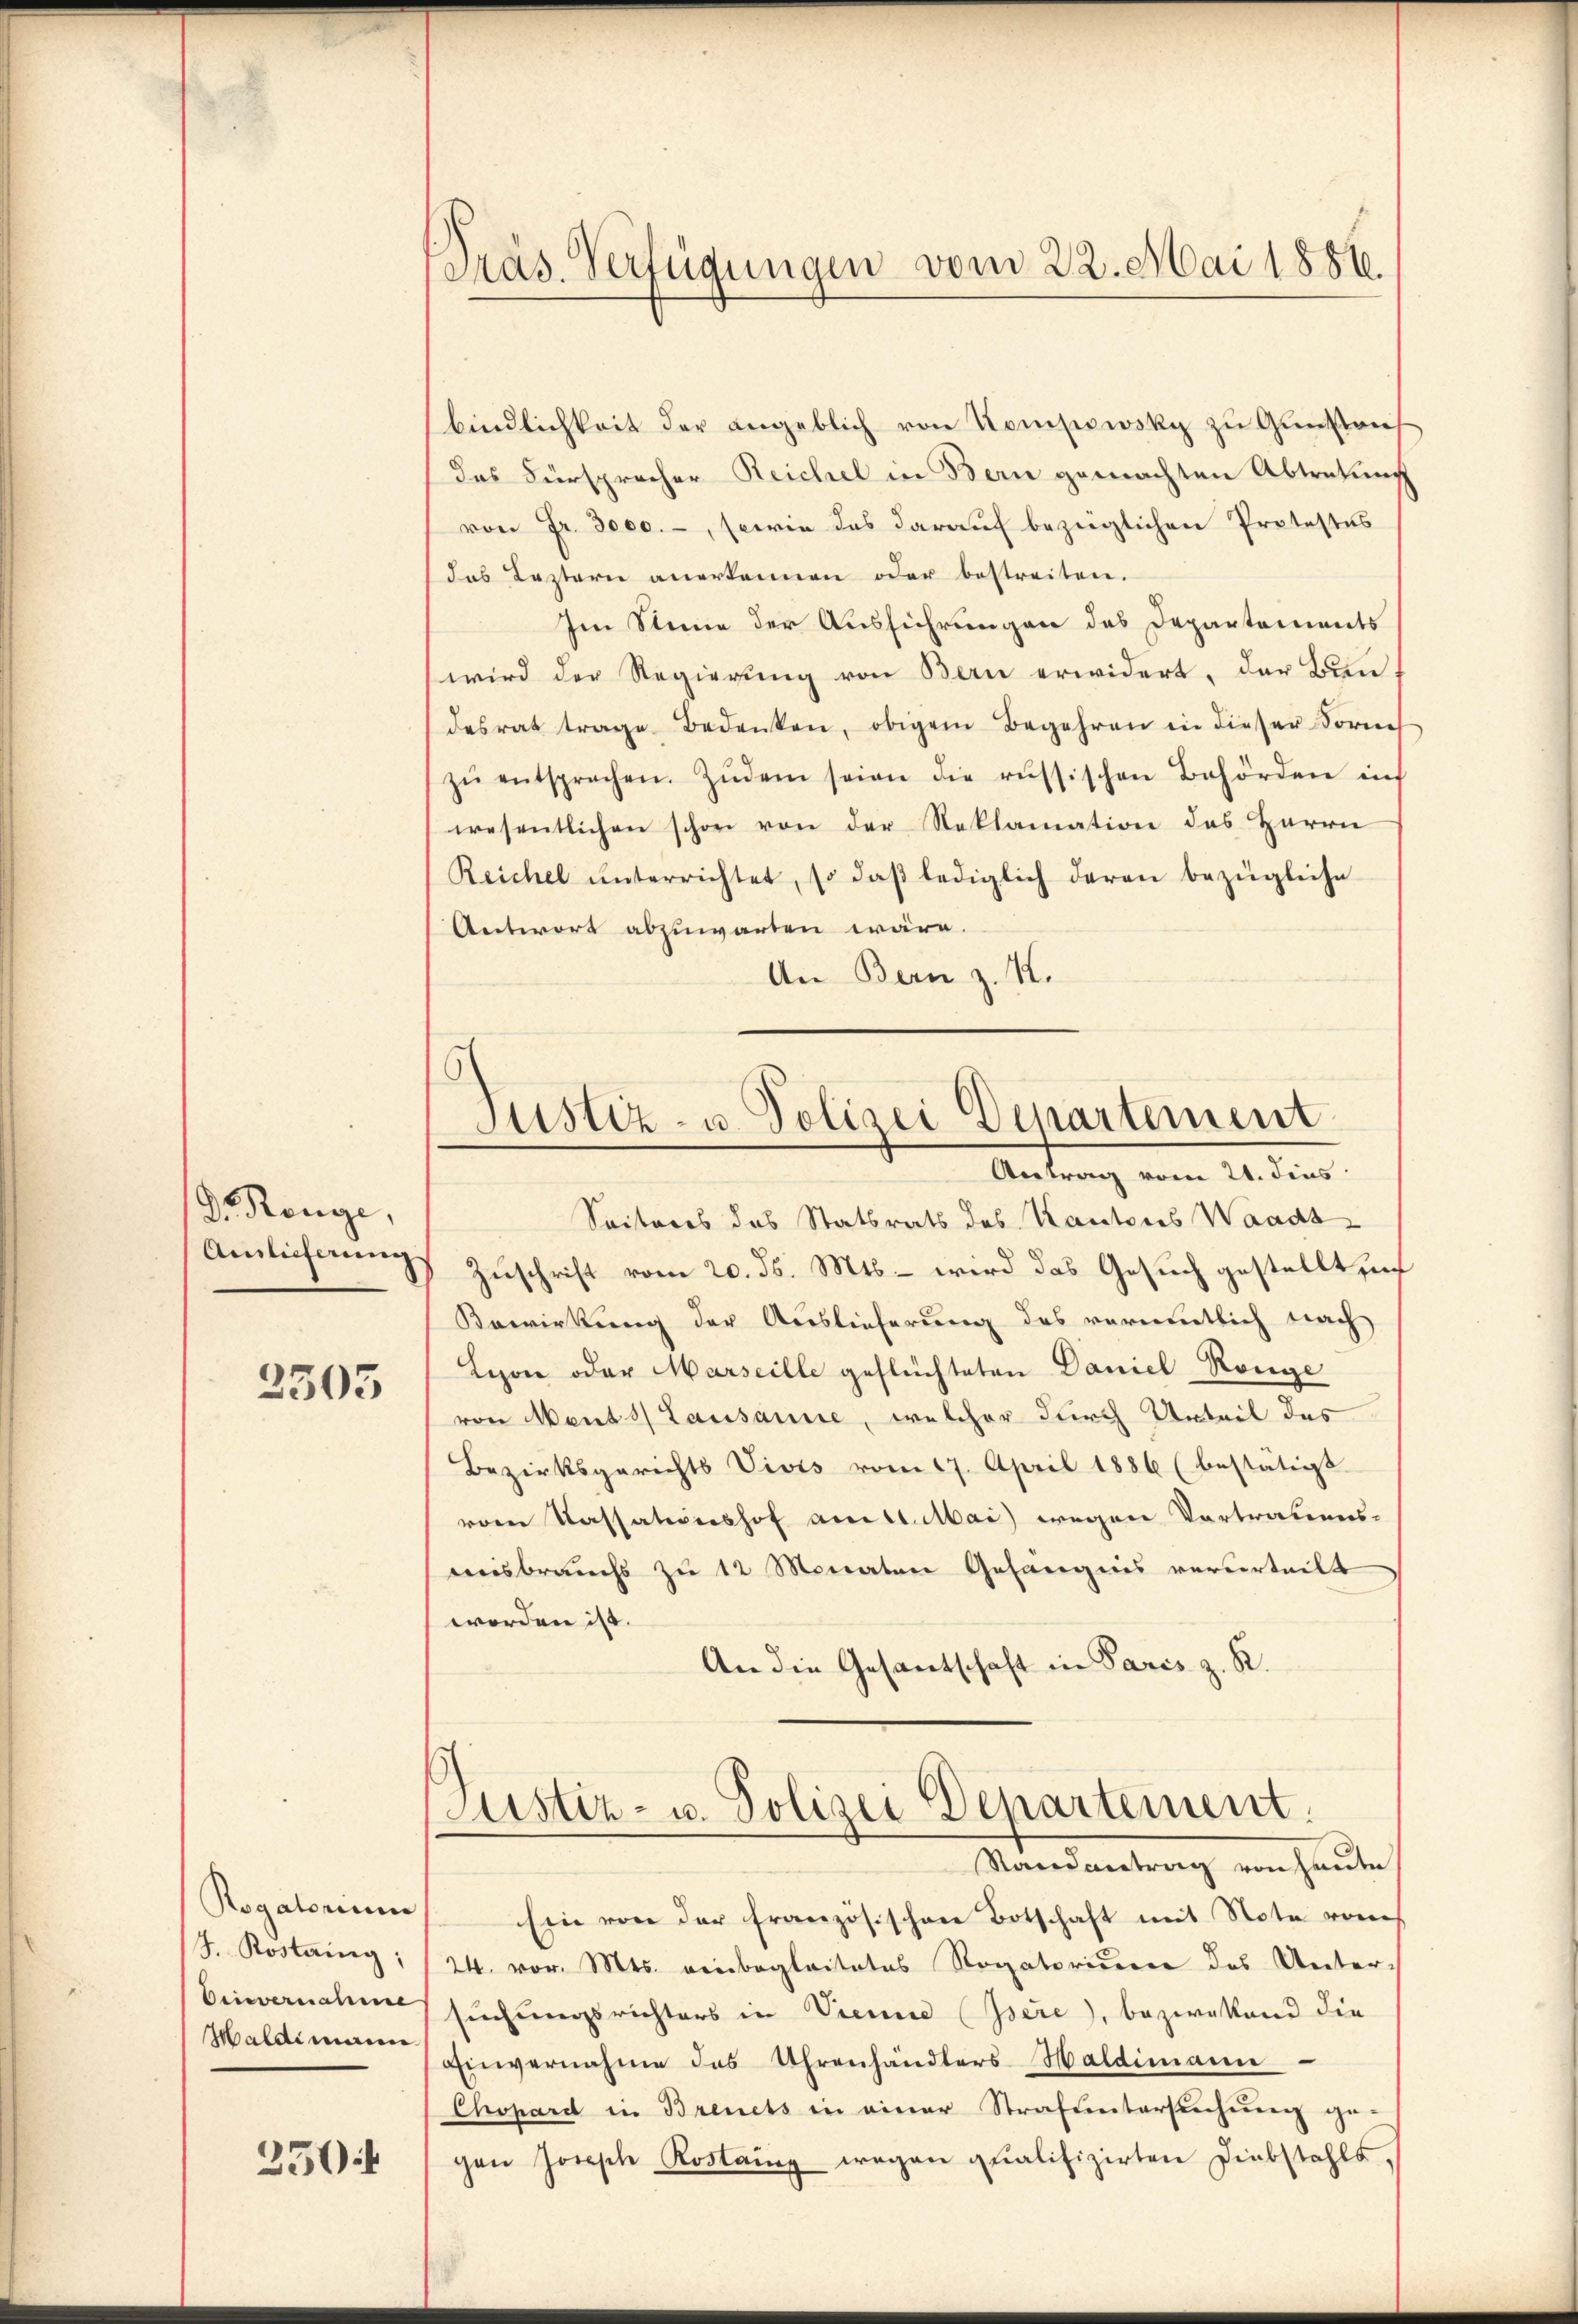
D. Renge,
Auslieferung

2503

Rogatorium
S. Rostaing;
Drievernahme
Haldimann

250:

bindlichkeit der angeblich von Kompowsky zŭ Gŭnstauf
das Fürsprocher Reichel in Bern gemachten Abtretung
von Fr. 3000.-, sowie das darauf bezüglichen Protestos
das Leztern anerkennen oder bestreiten.
Im Sine der Ausführungen des Departements
wird der Regierung von Bern erwidert, der Bun
desrat trage Bedenken, obigem Begehren in dieser Forme
zŭ entsprechen. Zŭdem seien die russischen Behörden inf
wesentlichen schon von der Reklamation des Herrn
Reichel ŭnterrichtet, so daβ lediglich deren bezügliche
Antwort abzuwarten wäre.
An Bern z. K.

Präs. Verfügungen vom 22. Mai 1886.

Justiz- u. Polizei Departement
Antrag vom 21. dies
Seiteres das Statsrats des Kantons Waadt

Zuschrift vom 20. ds. Mts. wird das Gesuch gestellt sin
Bewirkung der Auslieferung des vermutlich nach
Lezone oder Marseille geflüchteten Daniel Range
von Mends Lausanne, welcher durch Unteil des
Bezirksgerichts Vivis vom 17. April 1886 (bestätigt
vom Cassationshof am 21. Mai) wegen Vortratiens-
weisbrauchs zu 12 Monaten Gefängnis verurteilt
worden ist.
An die Gesantschaft in Paris z. R.

Justiz- u. Polizei Departement.

Randantrag von heute
Ein von der französischen Botschaft mit Note vom
24. vor. Mts. reinbegleitetes Rogatorium des Untersuchungsrichters in Trenne (Isére), bezwakand die
Einvernahme des Uhrenhändlers Haldimanne
Chopard in Brenets in einer Strafuntersuchung ge-
gen Joseph Kostainz wegen qualifizirten Diebstahls,